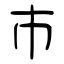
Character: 巿